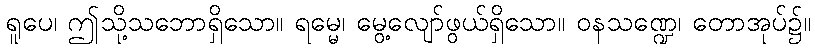
ရူပေ၊ ဤသို့သဘောရှိသော။ ရမ္မေ၊ မွေ့လျော်ဖွယ်ရှိသော။ ဝနသဏ္ဍေ၊ တောအုပ်၌။